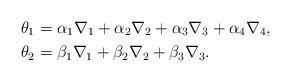
LaTeX: \begin{align*}\theta_1 & = \alpha_1 \nabla_1+ \alpha_2 \nabla_2+\alpha_3 \nabla_3 +\alpha_4 \nabla_4,\\\theta_2 & = \beta_1 \nabla_1+ \beta_2 \nabla_2 +\beta_3 \nabla_3.\end{align*}